Lock hospitals Punjab
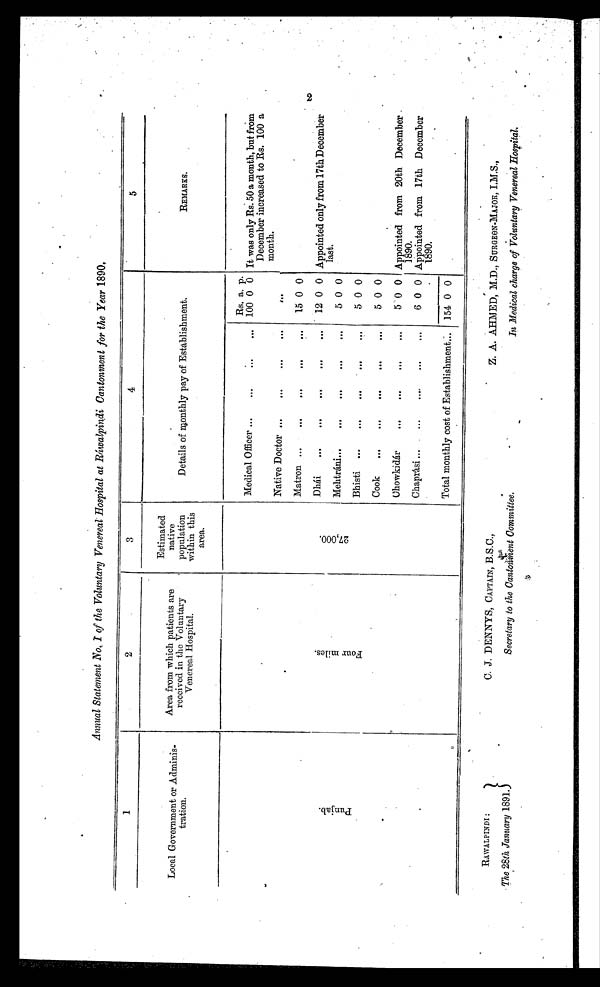
Annual Statement No. I of the Voluntary Venereal Hospital at Ráwalpindi Cantonment for the Year 1890.
1
2
3
4
5
Local Go
vernment
or Adminis-
tration.
Area from which patients are
received in the Voluntary
.
Venereal Hospital.
Estimated
native
population
within this
area.
Details of monthly pay of Establishment.
REMARKS.
P u n j a b .
F o u r m i l e s .
2 7 , 0 0 0 .
Rs. a. p.
Medical Officer ...
...
. . .
. . .
100 0 0 It was only Rs. 50 a month, but from
December increased to Rs. 100 a
month.
Native Doctor
. . .
. . .
...
. . .
. . . .
Matron ...
. . .
. . .
. . .
...
15 0 0
Dhái
...
. . .
. . .
. . .
...
12 0 0 Appointed only from 17th December
last.
Mehtráni...
. . .
. . .
...
. . .
5 0 0
Bhisti ..
. . .
. . .
. . .
. . .
5 0 0
Cook
...
. . .
. . .
. . .
. . .
5 0 0
Chowkidár
. . .
. . .
. . .
. . .
5 0 0 Appointed from 20th December.
1890.
Chaprási ...
. . .
...
...
...
6 0 0 Appointed from 17th December
1890.
Total monthly cost of Establishment...
154 0 0
.
RAWALPINDI
The 28th January 1891.
C. J. DENNYS, CAPTAIN, B.S.C.,
Secretary to the Cantonment Committee.
Z. A. AHMED, M.D., SURGEON-MAJOR, I.M.S.,
In Medical charge of Voluntary Venereal Hospital.